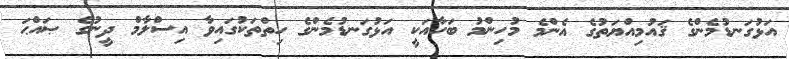
އަޅުގަނޑުމެންގެ ޤައުމިއްޔަތުގެ އެންމެ މުހިންމު ބަހާއަކީ އަޅުގަނޑުމެންގެ ހިތްތަކުގައިވާ އިސްލާމް ދީނުގެ ޞައްޙަ